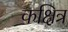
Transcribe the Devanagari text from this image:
कक्षित्र